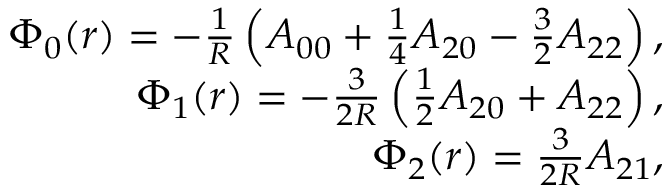
\begin{array} { r l r } & { } & { \Phi _ { 0 } ( r ) = - \frac { 1 } { R } \left( A _ { 0 0 } + \frac { 1 } { 4 } A _ { 2 0 } - \frac { 3 } { 2 } A _ { 2 2 } \right) , } \\ & { } & { \Phi _ { 1 } ( r ) = - \frac { 3 } { 2 R } \left( \frac { 1 } { 2 } A _ { 2 0 } + A _ { 2 2 } \right) , } \\ & { } & { \Phi _ { 2 } ( r ) = \frac { 3 } { 2 R } A _ { 2 1 } , } \end{array}